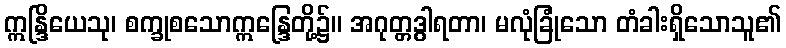
ဣန္ဒြိယေသု၊ စက္ခုစသောဣန္ဒြေတို့၌။ အဂုတ္တဒွါရတာ၊ မလုံခြုံသော တံခါးရှိသောသူ၏